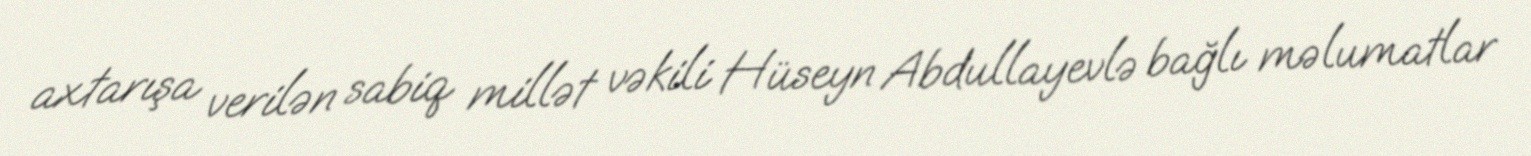
axtarışa verilən sabiq millət vəkili Hüseyn Abdullayevlə bağlı məlumatlar